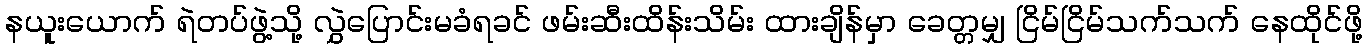
နယူးယောက် ရဲတပ်ဖွဲ့သို့ လွှဲပြောင်းမခံရခင် ဖမ်းဆီးထိန်းသိမ်း ထားချိန်မှာ ခေတ္တမျှ ငြိမ်ငြိမ်သက်သက် နေထိုင်ဖို့